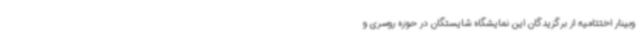
وبینار اختتامیه از برگزیدگان این نمایشگاه شایستگان در حوزه روسری و